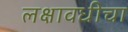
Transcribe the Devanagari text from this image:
लक्षावधीचा